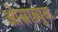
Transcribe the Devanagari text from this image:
ओस्नाब्र्युक